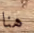
هنا